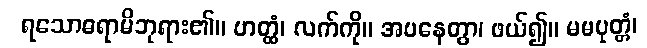
ရသောဓရာမိဘုရား၏။ ဟတ္ထံ၊ လက်ကို။ အပနေတွာ၊ ဖယ်၍။ မမပုတ္တံ၊